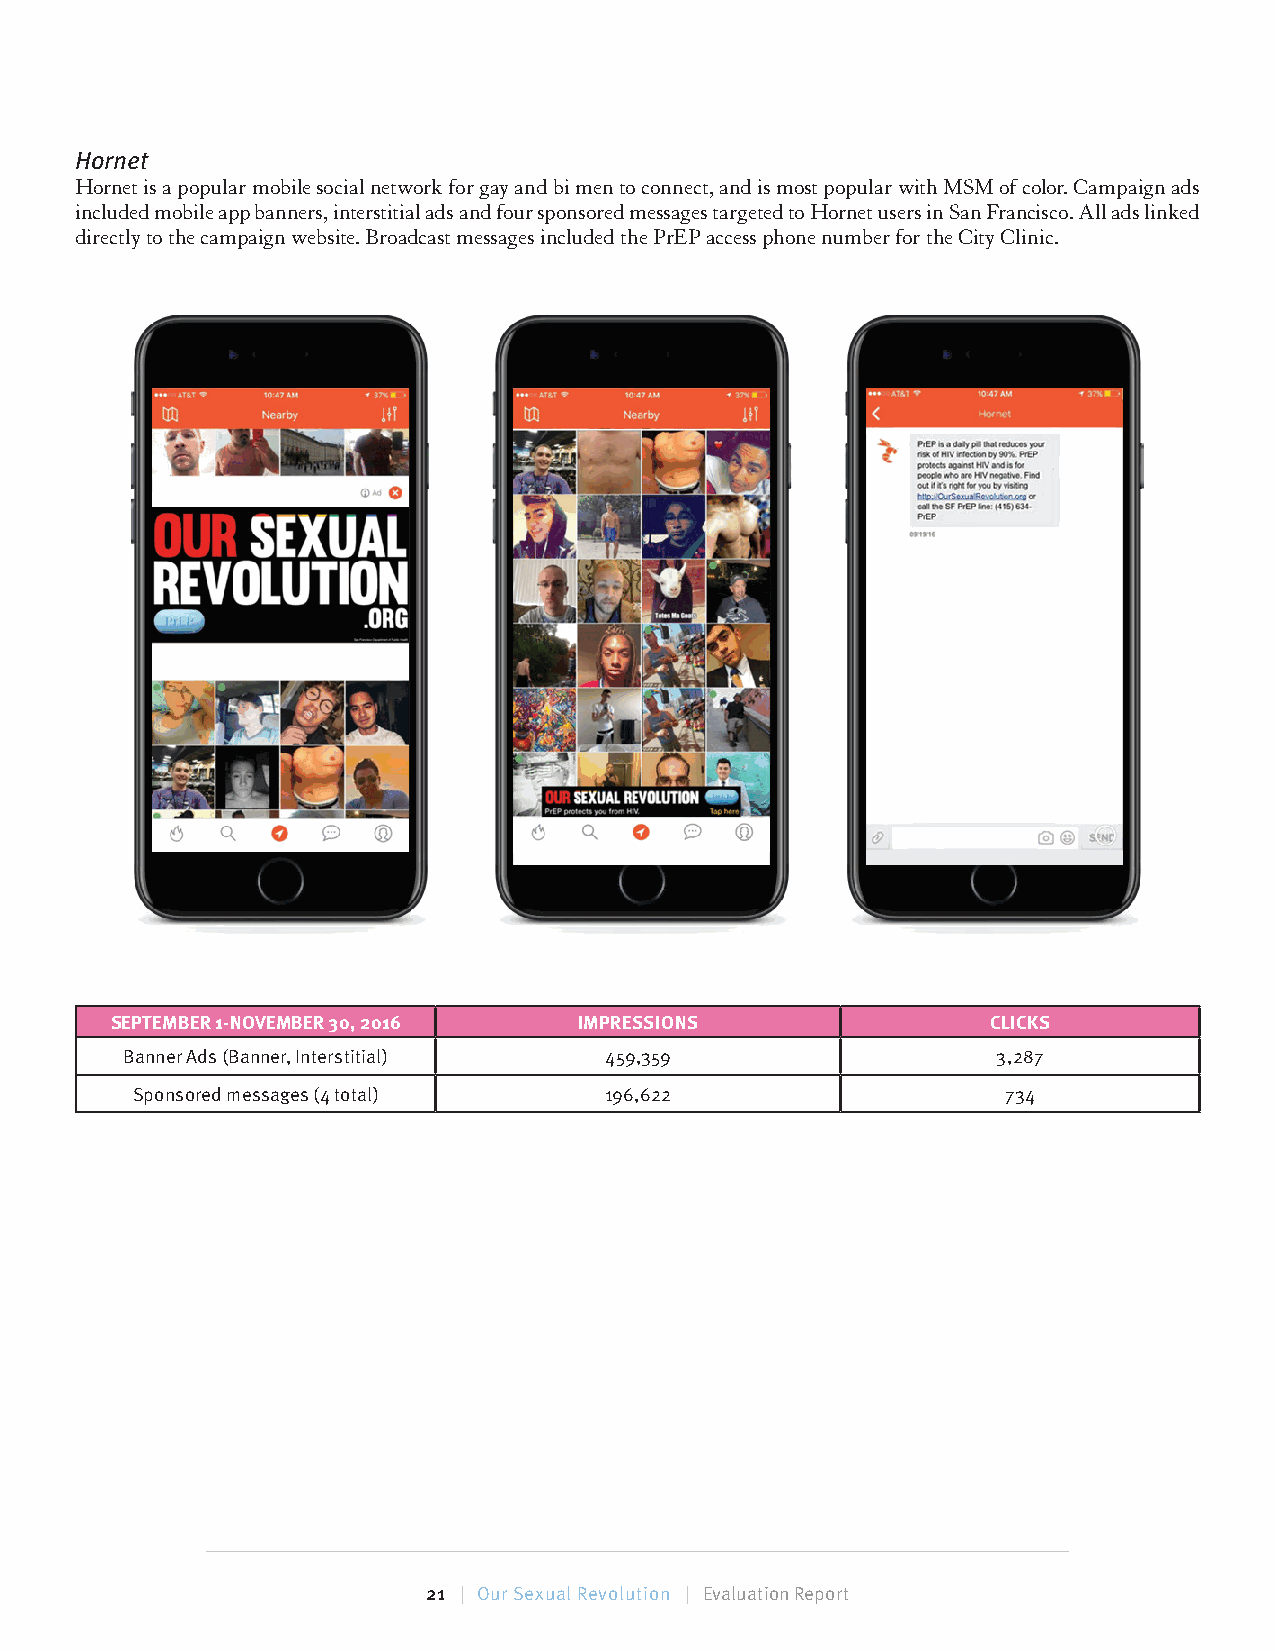
Hornet
 Hornet is a popular mobile social network for gay and bi men to connect, and is most popular with MSM of color. Campaign ads
 included mobile app banners, interstitial ads and four sponsored messages targeted to Hornet users in San Francisco. All ads linked
 directly to the campaign website. Broadcast messages included the PrEP access phone number for the City Clinic.
 SEPTEMBER 1-NOVEMBER 30, 2016  IMPRESSIONS                 CLICKS
 Banner Ads (Banner, Interstitial) 459,359                 3,287
 Sponsored messages (4 total)   196,622                    734
 21 | Our Sexual Revolution | Evaluation Report